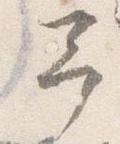
予